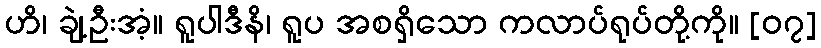
ဟိ၊ ချဲ့ဦးအံ့။ ရူပါဒီနိ၊ ရူပ အစရှိသော ကလာပ်ရုပ်တို့ကို။ [၀၇]